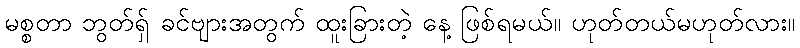
မစ္စတာ ဘွတ်ရှ် ခင်ဗျားအတွက် ထူးခြားတဲ့ နေ့ ဖြစ်ရမယ်။ ဟုတ်တယ်မဟုတ်လား။